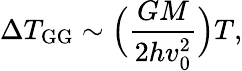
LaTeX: \Delta T_{\mathrm{GG}}\sim\Bigl(\frac{GM}{2hv_{0}^{2}}\Bigr)T,